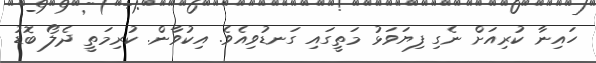
ހައިނާ ކުރިއަށް ނެގި ފިޔަވަޅު މަތީގައި ގަނޑުވިއެވެ. އިކުވާން. ކުރިމަތީ ދެލޯ ބޮޑު